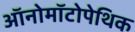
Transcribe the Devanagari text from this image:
ऑनोमॉटोपेथिक